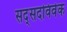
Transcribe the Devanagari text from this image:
सद्सदविवेक